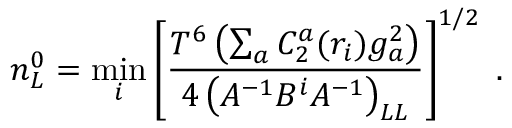
n _ { L } ^ { 0 } = \operatorname * { m i n } _ { i } \left[ { \frac { T ^ { 6 } \left( \sum _ { a } C _ { 2 } ^ { a } ( r _ { i } ) g _ { a } ^ { 2 } \right) } { 4 \left( { \cal A } ^ { - 1 } { \cal B } ^ { i } { \cal A } ^ { - 1 } \right) _ { L L } } } \right] ^ { 1 / 2 } \; .